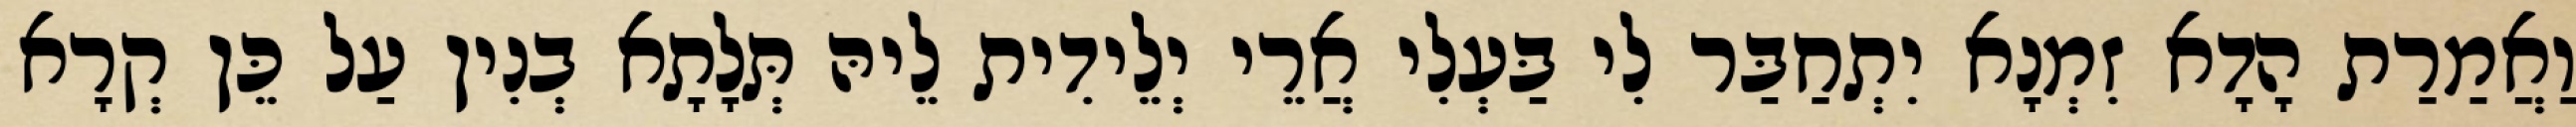
וַאֲמַרַת הָדָא זִמְנָא יִתְחַבַּר לִי בַּעְלִי אֲרֵי יְלֵידִית לֵיהּ תְּלָתָא בְנִין עַל כֵּן קְרָא